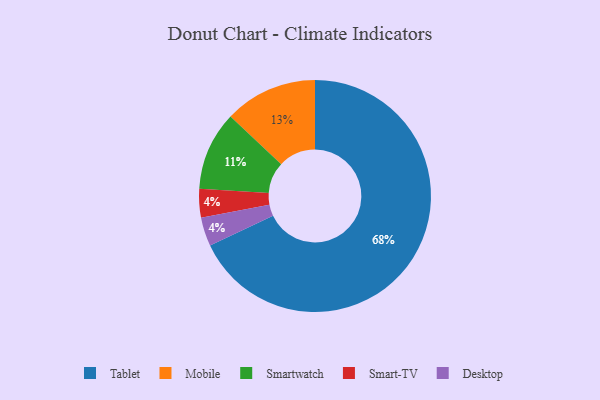
{"axis": {"x": "Category", "y": "Percentage"}, "legend": ["Desktop", "Mobile", "Smart-TV", "Smartwatch", "Tablet"], "data": [{"x": "Tablet", "y": 68, "type": "Tablet"}, {"x": "Smart-TV", "y": 4, "type": "Smart-TV"}, {"x": "Desktop", "y": 4, "type": "Desktop"}, {"x": "Mobile", "y": 13, "type": "Mobile"}, {"x": "Smartwatch", "y": 11, "type": "Smartwatch"}]}